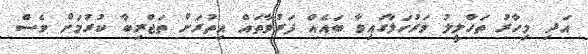
އަދި މިހާރު ތަހްލީލު މަރުހަލާގައިވާ ބައެއް ފަރުވާތައް އިތުރަށް ތަޖްރިބާ ކުރުމަށް ވެސް